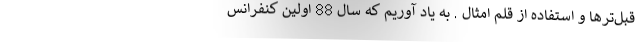
قبل‌ترها و استفاده از قلم امثال . به یاد آوریم که سال 88 اولین کنفرانس